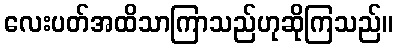
လေးပတ်အထိသာကြာသည်ဟုဆိုကြသည်။